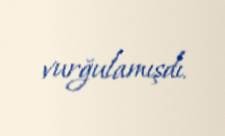
vurğulamışdı.